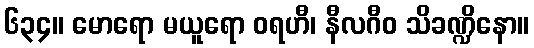
၆၃၄။ မောရော မယူရော ဝရဟီ၊ နီလဂီဝ သိခဏ္ဍိနော။